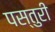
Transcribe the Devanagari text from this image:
पस्तुरी